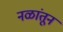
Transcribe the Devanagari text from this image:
नळांतून